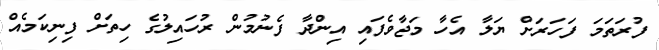
ފުރަތަމަ ފަހަރަށް ޔަލާ އެހާ މަޖާވެފައި އިންދާ ފެނުމުން ރުހައިލުގެ ހިތަށް ފިނިކަމެއް